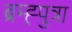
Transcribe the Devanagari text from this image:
ब्रम्ह्पुत्रा